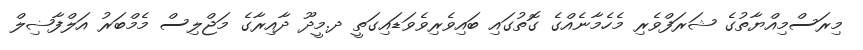
މިރަސްމިއްޔާތުގެ ޝަރަފްވެރި މެހެމާނެއްގެ ގޮތުގައި ބައިވެރިވެވަޑައިގަތީ ދ.މީދޫ ދާއިރާގެ މަޖްލިސް މެމްބަރު އަލްފާޟިލް